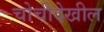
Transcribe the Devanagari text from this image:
चोचीदेखील